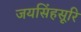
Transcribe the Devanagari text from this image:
जयसिंहसूरि